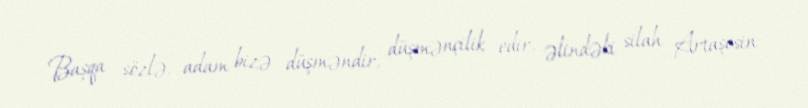
Başqa sözlə, adam bizə düşməndir, düşmənçilik edir, əlindəki silah Artaşesin